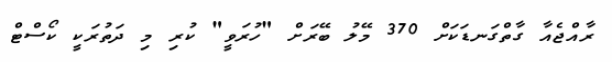
ރާއްޖެއާ ގާތްގަނޑަކަށް 370 މޭލު ބޭރަށް "ހުރަވީ" ކުރި މި ދަތުރަކީ ކޯސްޓް